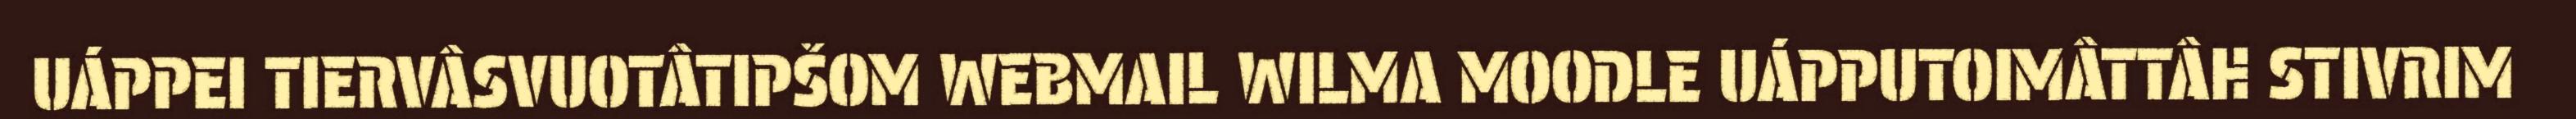
UÁPPEI TIERVÂSVUOTÂTIPŠOM WEBMAIL WILMA MOODLE UÁPPUTOIMÂTTÂH STIVRIM